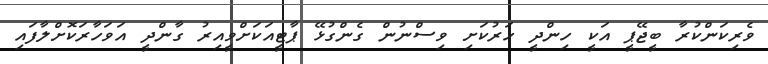
ވެރިކަންކުރާ ބީޖޭޕީ އަކީ ހިންދީ ހަރުކަށި ވިސްނުން ގެންގުޅޭ ޕާޓީއަކަށްވީއިރު ގާންދީ އަވަހާރަކޮށްލާފައި